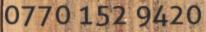
0770 152 9420